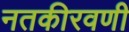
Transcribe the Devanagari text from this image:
नतकीरवणी